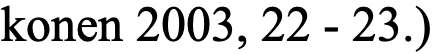
konen 2003, 22 - 23.)